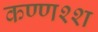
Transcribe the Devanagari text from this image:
कण्णश्श